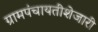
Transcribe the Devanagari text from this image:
ग्रामपंचायतीशेजारी